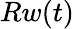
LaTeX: Rw(t)